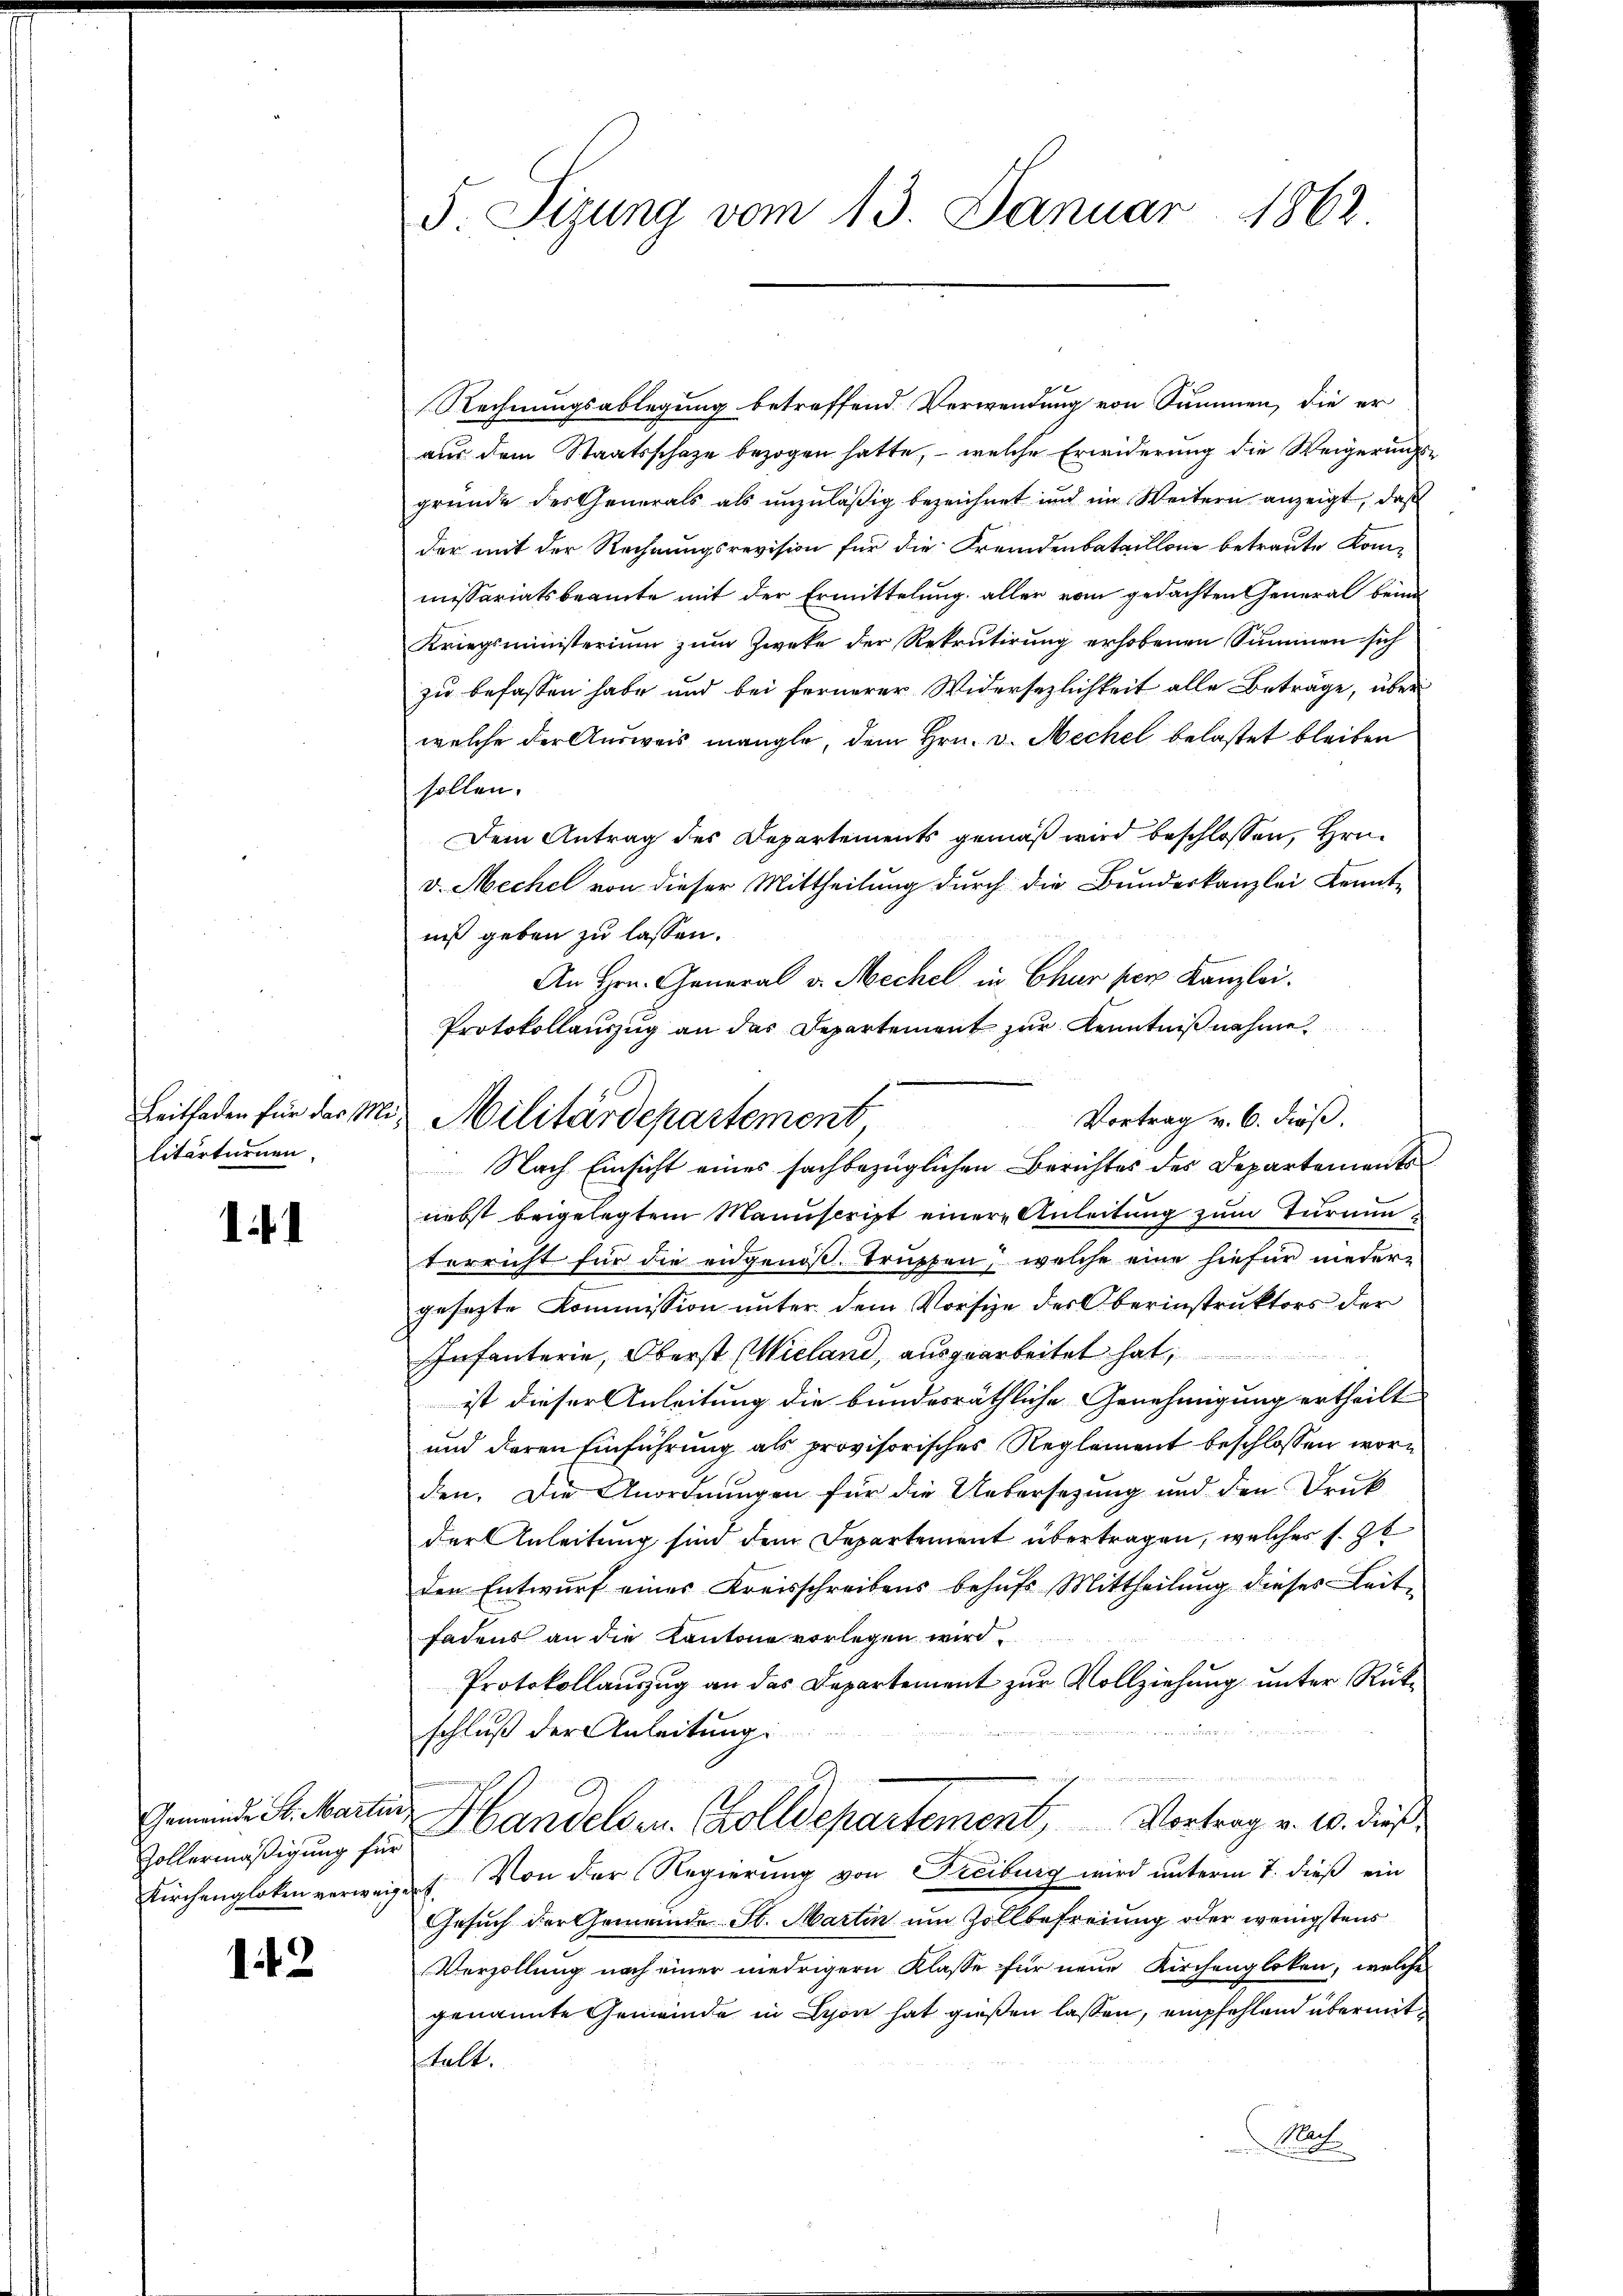
litarturnen.

11

Zollermäßigung für
Kirchengloten verweigen

12

5 Sizung vom 13. Januar 1862

Rechnungsablegung betreffend. Verwendung von Summen, die er
aus dem Staatsschaze bezogen hatte, – welche Erwiderung die Weigerungsgründe des Generals als unzuläßig bezeichnet und im Weitern anzeigt, daß
der mit der Rechnungsrevision für die Fremdenbataillone betraute Kommissariatsbeamte mit der Ermittelung aller vom gedachten General beim
Kriegsministerium zum Zweke der Rekrutirung erhobenen Summen sich
zu befassen habe und bei fernerer Widersezlichkeit alle Beträge, über
welche der Ausweis mangle, dem Hrn. v. Mechel belastet bleiben
sollen.
Dem Antrag des Departements gemäß wird beschlossen, Hrn.
v. Mechel von dieser Mittheilung durch die Bundeskanzlei Kennt-
niß geben zu lassen.
An Hrn. General v. Mechel in Chur per Kanzlei.
Protokollauszug an das Departement zur Kenntnißnahme
Vortrag v. 6. dieß,
Nach Einsicht eines sachbezüglichen Berichtes des Departements
nebst beigelegtem Manuscript einer Anleitung zum Turnunterricht für die eidgenoß trupfen, welche eine hiefür nieder-
gesezte Kommission unter dem Vorsize des Oberinstruktors der
Infanterie, Oberst Wieland, ausgearbeitet hat,
ist dieser Anleitung die bundesräthliche Genehmigung ertheilt
und deren Einführung als provisorisches Reglement beschlossen worden. Die Anordnungen für die Uebersetzung und den Druk
der Anleitung sind dem Departement übertragen, welches s. Ze
den Entwurf eines Kreisschreibens behufs Mittheilung dieses Leit-
Fadens an die Kantone vorlegen wird.
Protokollaŭszŭg an das Departement zŭr Vollziehŭng ŭnter Rück-
u
schluß der Anleitung.
Gemeinde St. Martin Handelben. Zolldepartement, Vortrag v. 10. dieß
Von der Regierung von Freiburg wird unterm 7. dieß ein
Gesuch der Gemeinde St. Martin um Zollbefreiung oder wenigstens
Verzöllung nach einer niedrigern Klasse für neue Kirchengloten, welche
genannte Gemeinde in Lyon hat gießen lassen, empfehlend übermithelt.
Met.

Leithaden für der Mit Militärdepartement